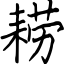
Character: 耢